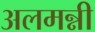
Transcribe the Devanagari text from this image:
अलमन्नी